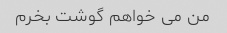
من می خواهم گوشت بخرم